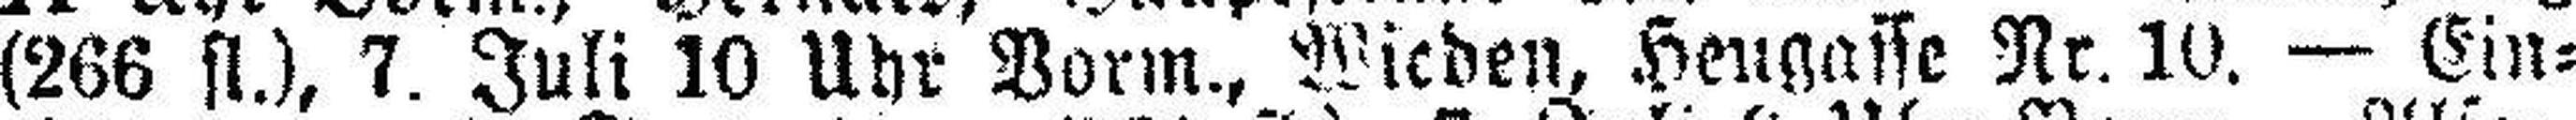
(266 fl.), 7. Juli 10 Uhr Vorm., Wieden, Heugasse Nr. 10. — Ein¬